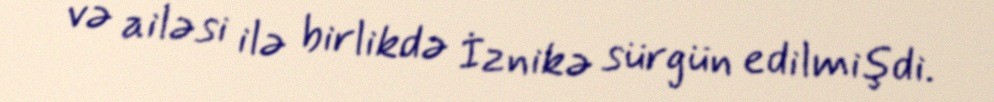
və ailəsi ilə birlikdə İznikə sürgün edilmişdi.